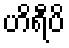
ဟိရီပိ